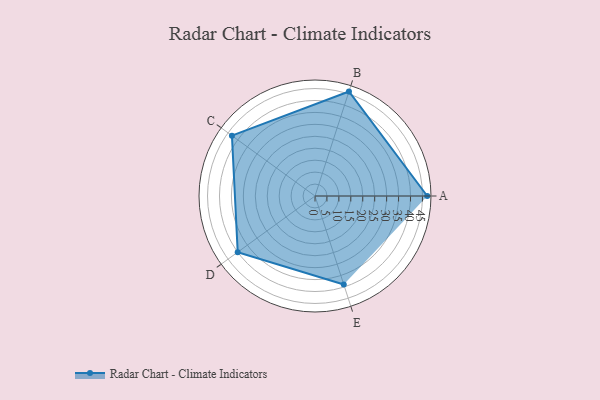
{"axis": {"x": "Skill", "y": "Score"}, "legend": ["Profile"], "data": [{"x": "A", "y": 47.0, "type": "Profile"}, {"x": "B", "y": 46.0, "type": "Profile"}, {"x": "C", "y": 43.0, "type": "Profile"}, {"x": "D", "y": 40.0, "type": "Profile"}, {"x": "E", "y": 39.0, "type": "Profile"}]}